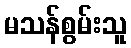
မသန်စွမ်းသူ